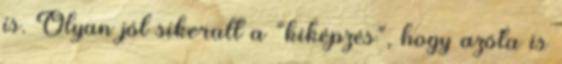
is. Olyan jól sikerült a “kiképzés”, hogy azóta is